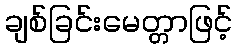
ချစ်ခြင်းမေတ္တာဖြင့်